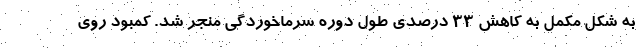
به شکل مکمل به کاهش 33 درصدی طول دوره سرماخوردگی منجر شد. کمبود روی